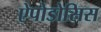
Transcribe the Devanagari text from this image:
ऐपोडोसिस